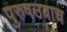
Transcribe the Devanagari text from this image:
पुरुषउवाच